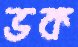
ভক